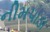
નીમપાડા